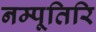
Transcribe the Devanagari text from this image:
नम्पूतिरि